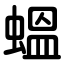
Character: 蝹